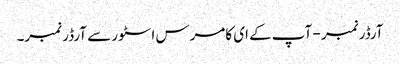
آرڈر نمبر - آپ کے ای کامرس اسٹور سے آرڈر نمبر۔